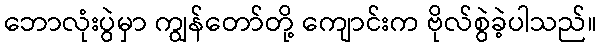
ဘောလုံးပွဲမှာ ကျွန်တော်တို့ ကျောင်းက ဗိုလ်စွဲခဲ့ပါသည်။